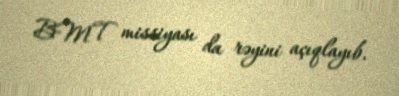
BMT missiyası da rəyini açıqlayıb.